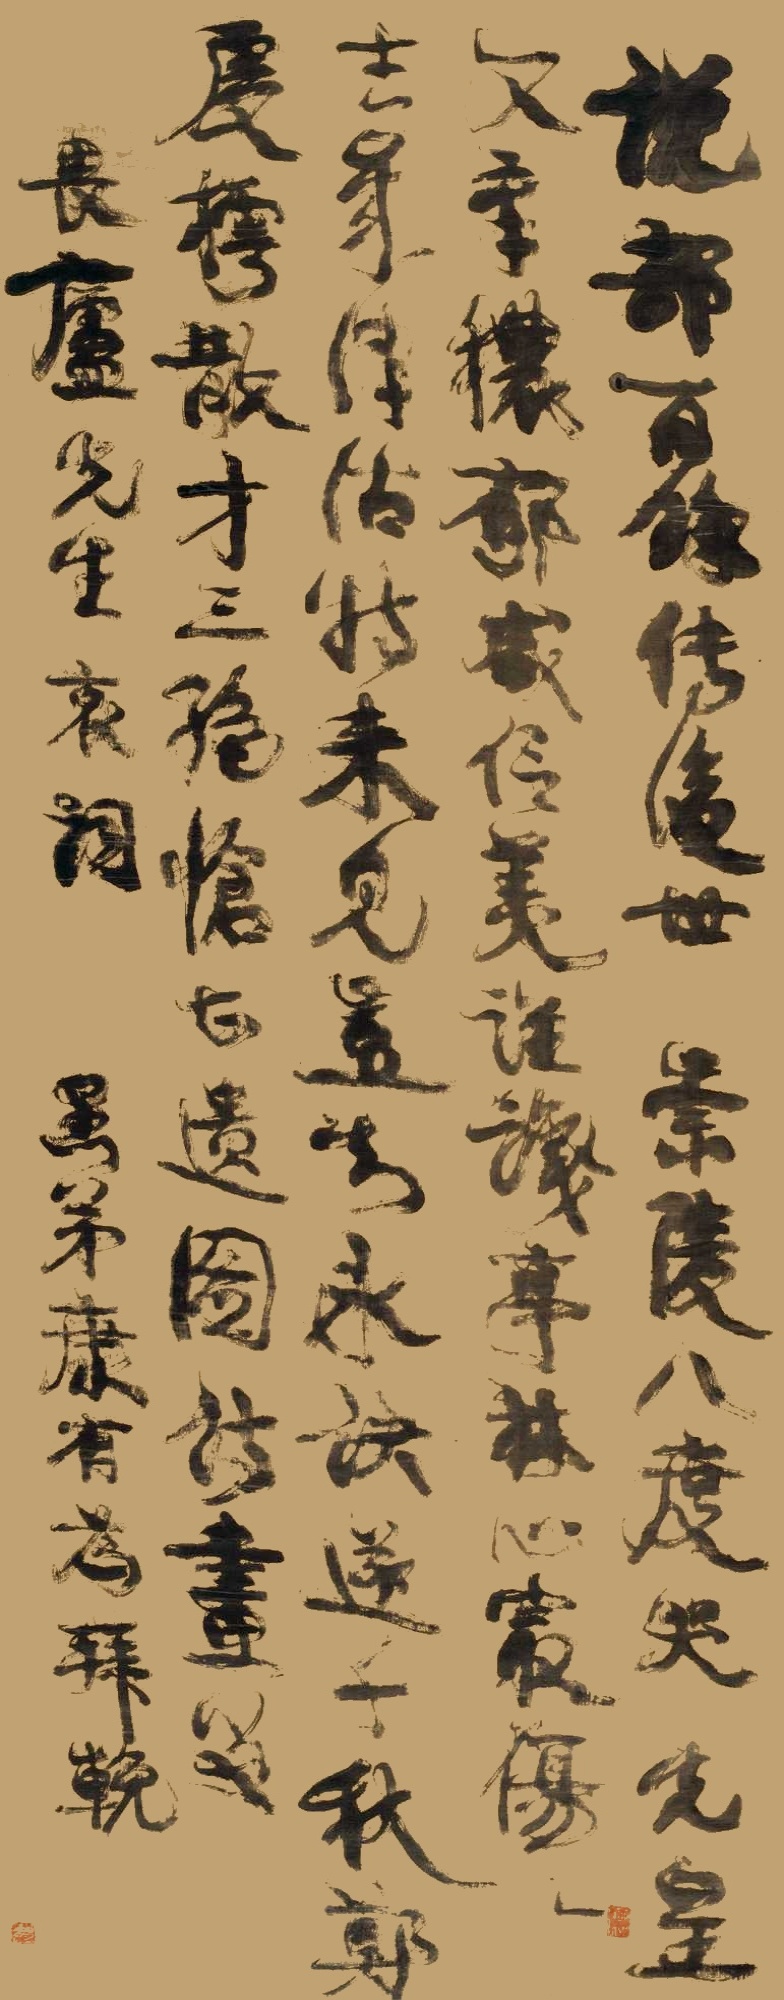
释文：说部百余传后世，崇陵八度哭先皇。文章秾郁咸信美，谁识亭林心最伤。去岁津沽特来见，岂知永诀遂千秋。郑虔樗散才三绝，怆甚遗图诗画留。畏庐先生哀词，愚弟康有为拜挽。